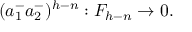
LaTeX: ( a _ { 1 } ^ { - } a _ { 2 } ^ { - } ) ^ { h - n } : { \cal F } _ { h - n } \rightarrow 0 .